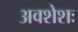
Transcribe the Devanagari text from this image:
अवशेशः